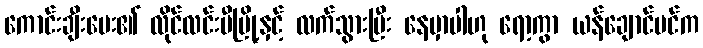
ကောင်းချီးပေး၏ လိုင်လင်းပီမြို့နှင့် လက်သွားပြီး နေမှာပါဟု ရော့ကွာ ယန်ချောင်မင်က